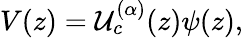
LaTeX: V(z)=\mathcal{U}_{c}^{(\alpha)}(z)\psi(z),